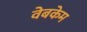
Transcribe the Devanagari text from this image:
वेबकेम